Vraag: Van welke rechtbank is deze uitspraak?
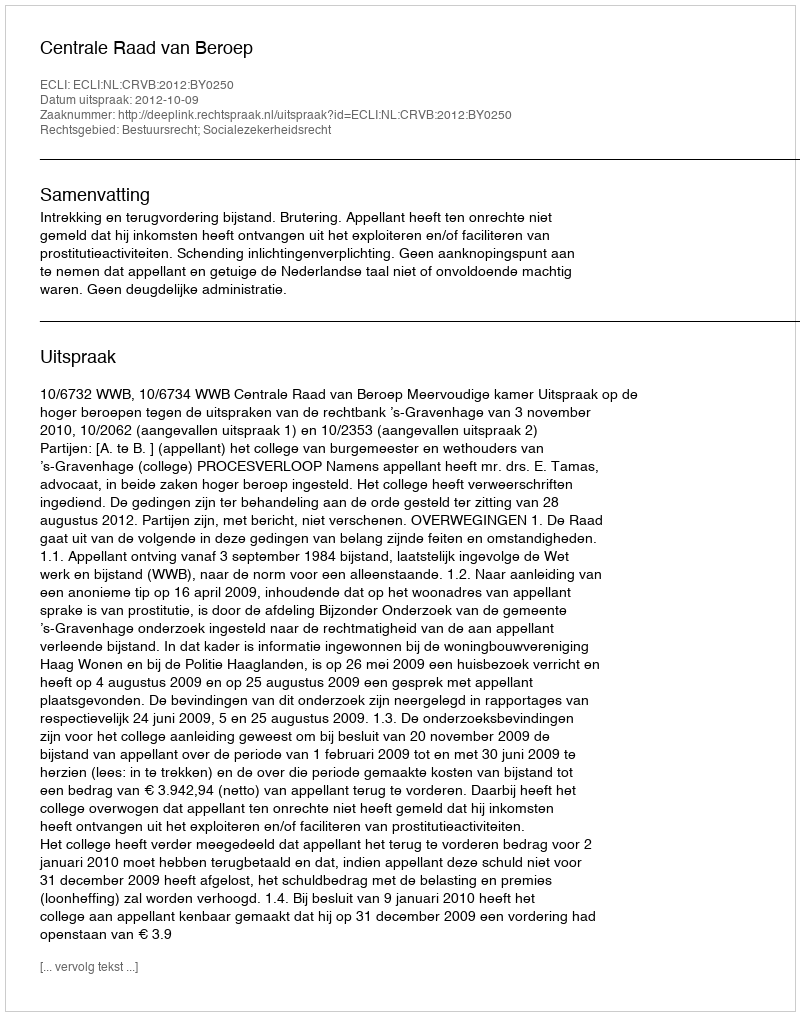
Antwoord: Centrale Raad van Beroep